NAE_EAA_P-1050_Enda_Kallas, lk 12
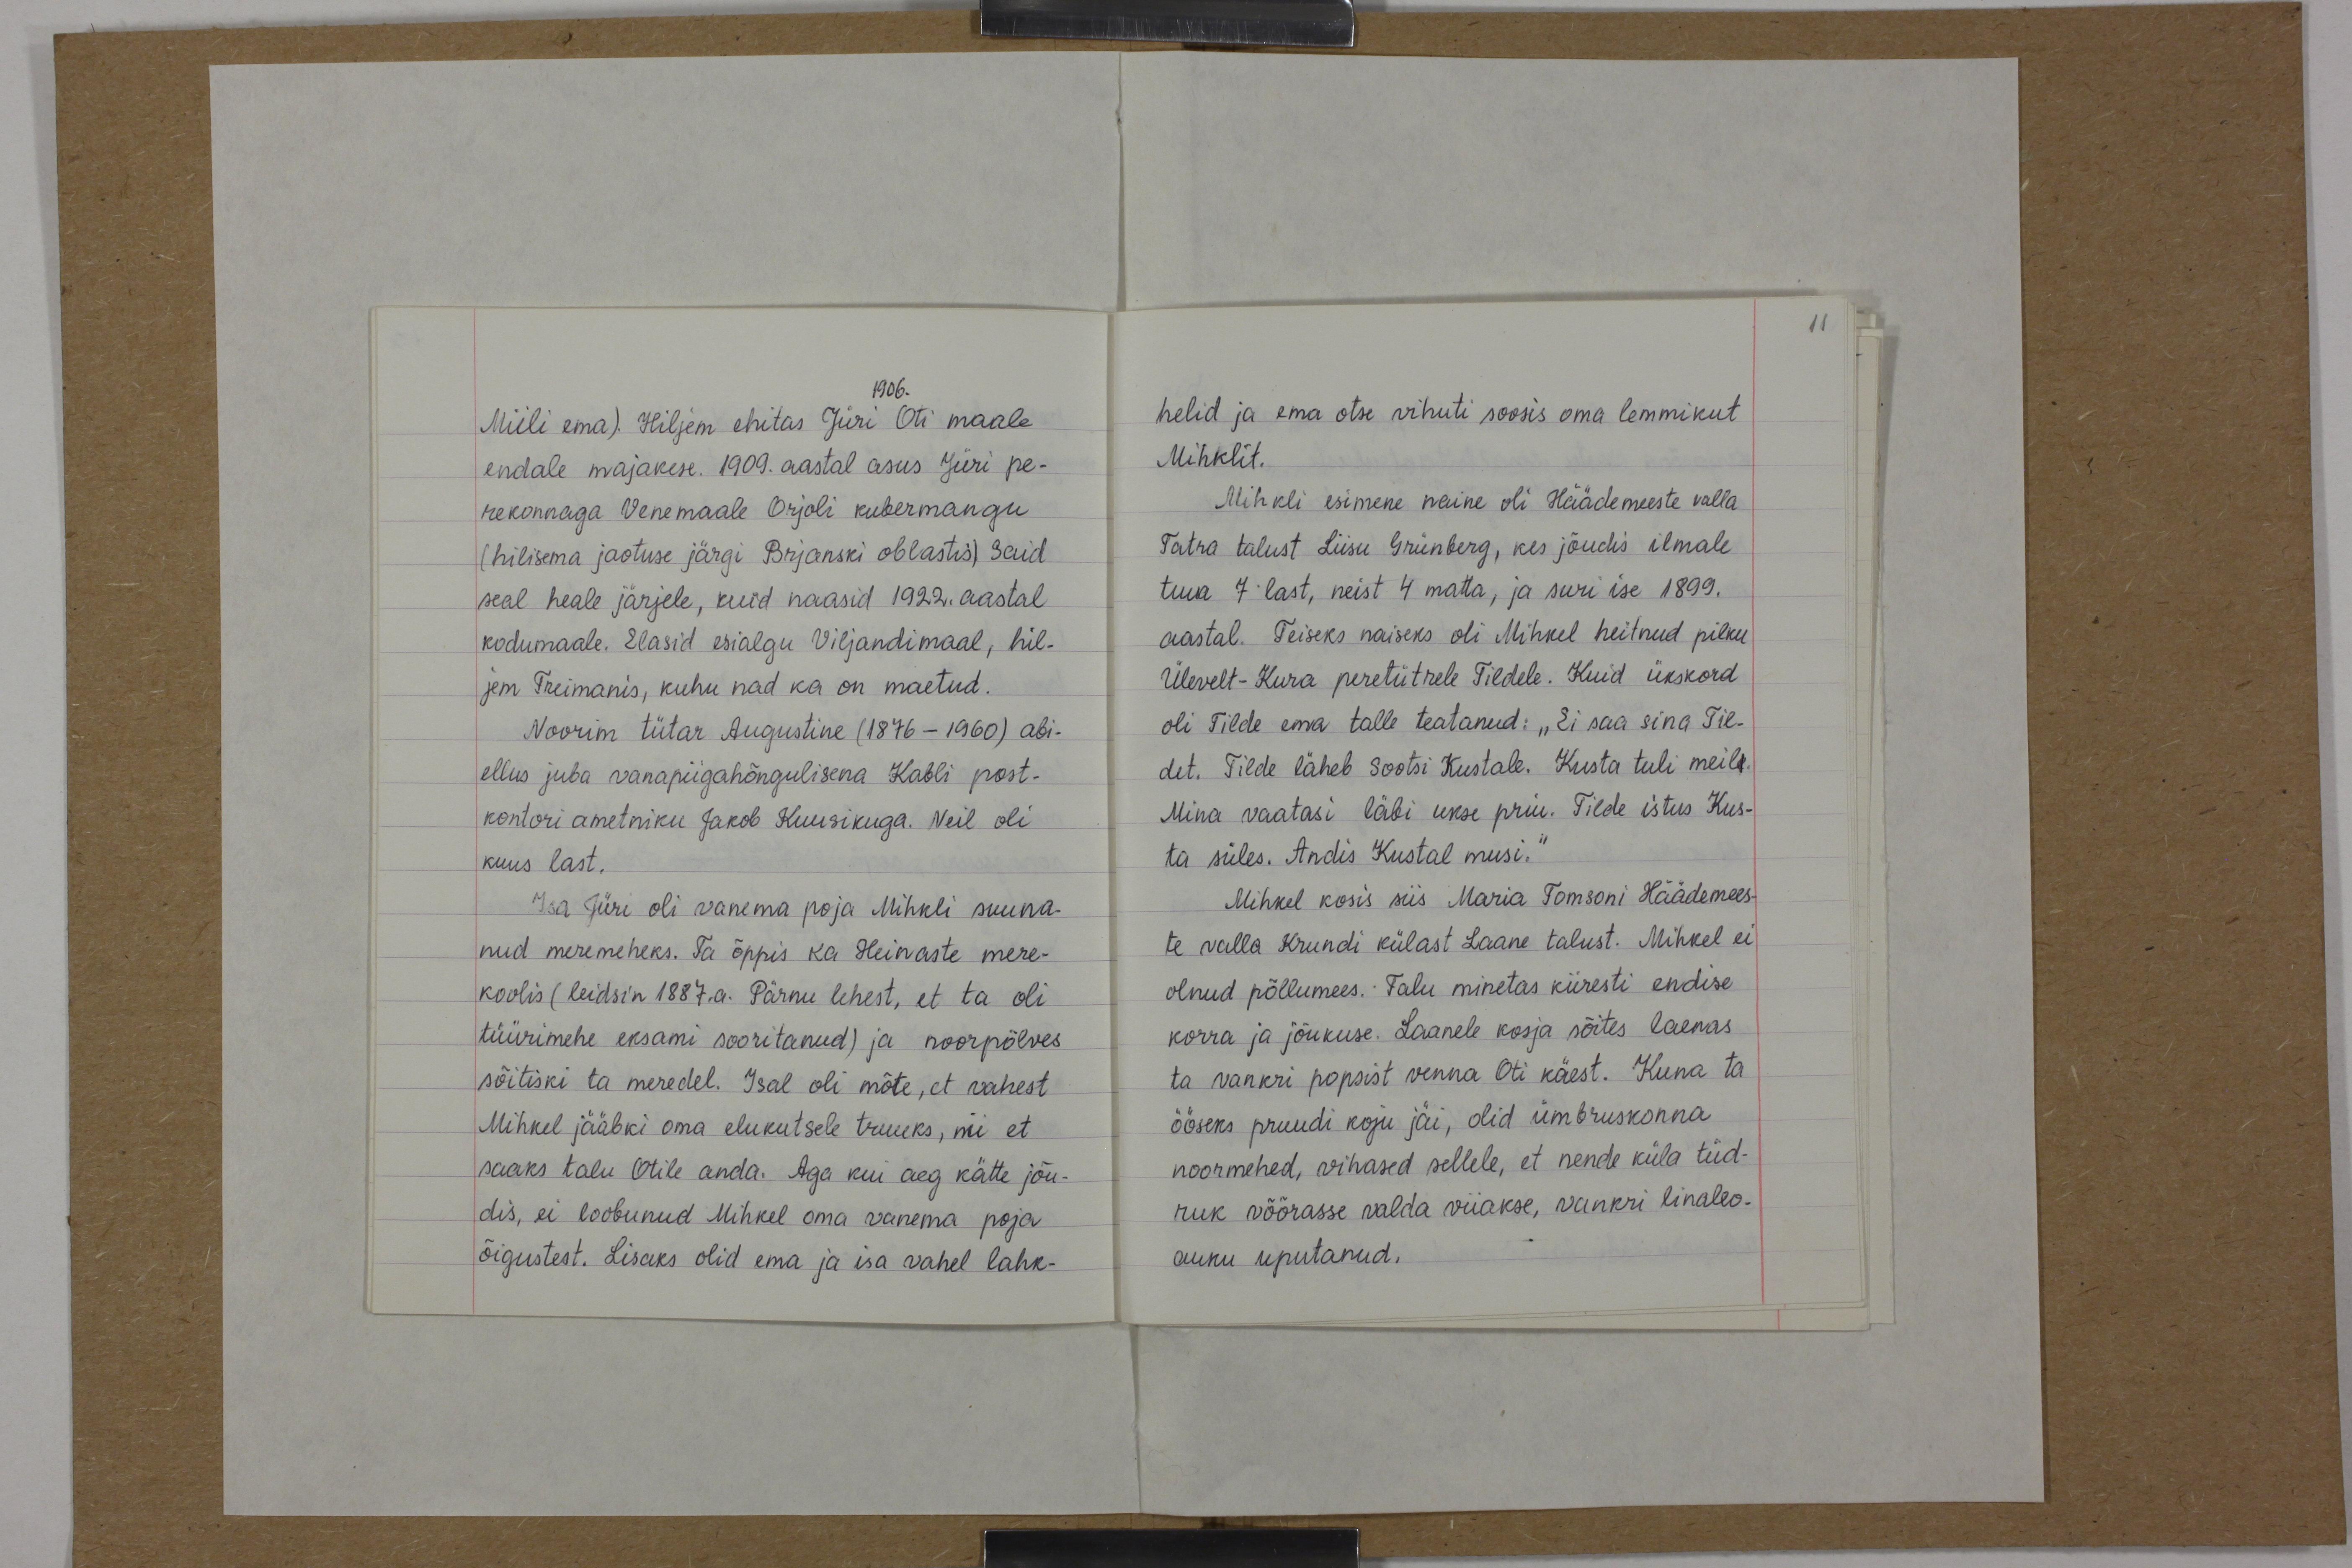
11

1906.
Miili ema). Hiljem ehitas Jüri Oti maale
endale majakese. 1909. aastal asus Jüri pe-
rekonnaga Venemaale Orjoli kubermangu
(hilisema jaotuse järgi Brjanski oblastis). Said
seal heale järjele, kuid naasid 1922. aastal
kodumaale. Elasid esialgu Viljandimaal, hil-
jem Treimanis, kuhu nad ka on maetud.
Noorim tütar Augustine (1876 - 1960) abi-
ellus juba vanapiigahõngulisena Kabli post-
kontori ametniku Jakob Kuusikuga. Neil oli
kuus last.
Isa Jüri oli vanema poja Mihkli suuna-
nud meremeheks. Ta õppis ka Heinaste mere-
koolis (leidsin 1887.a. Pärnu lehest, et ta oli
tüürimehe eksami sooritanud) ja noorpõlves
sõitiski ta meredel. Isal oli mõte, et vahest
Mihkel jääbki oma elukutsele truuks, nii et
saaks talu Otile anda. Aga kui aeg kätte jõu-
dis, ei loobunud Mihkel oma vanema poja
õigustest. Lisaks olid ema ja isa vahel lahk-

helid ja ema otse vihuti soosis oma lemmikut
Mihklit.
Mihkli esimene naine oli Häädemeeste valla
Tatra talust Liisu Grünberg, kes jõudis ilmale
tuua 7 last, neist 4 matta, ja suri ise 1899.
aastal. Teiseks naiseks oli Mihkel heitnud pilku
Ülevelt-Kura peretütrele Tildele. Kuid ükskord
oli Tilde ema talle teatanud: "Ei saa sina Til-
det. Tilde läheb Sootsi Kustale. Kusta tuli meile.
Mina vaatasi läbi ukse priu. Tilde istus Kus-
ta süles. Andis Kustal musi."
Mihkel kosis siis Maria Tomsoni Häädemees-
te valla Krundi külast Laane talust. Mihkel ei
olnud põllumees. Talu minetas kiiresti endise
korra ja jõukuse. Laanele kosja sõites laenas
ta vankri popsist venna Oti käest. Kuna ta
ööseks pruudi koju jäi, olid ümbruskonna
noormehed, vihased sellele, et nende küla tüd-
ruk võõrasse valda viiakse, vankri linaleo-
auku uputanud.